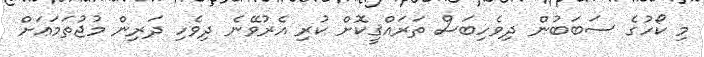
މި ކޯހުގެ ސަބަބުން ދިވެހިބަސް ތަރައްޤީކޮށް ކުރި އެރުވޭނެ ދިވެހި ދަރިން މުޖުތަމަޢަށް